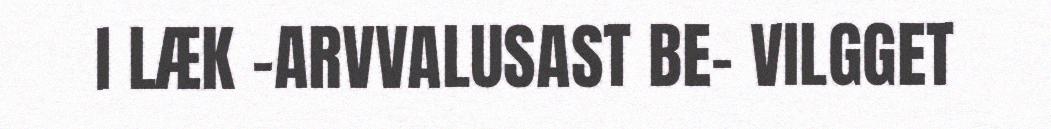
I LÆK –ARVVALUSAST BE- VILGGET